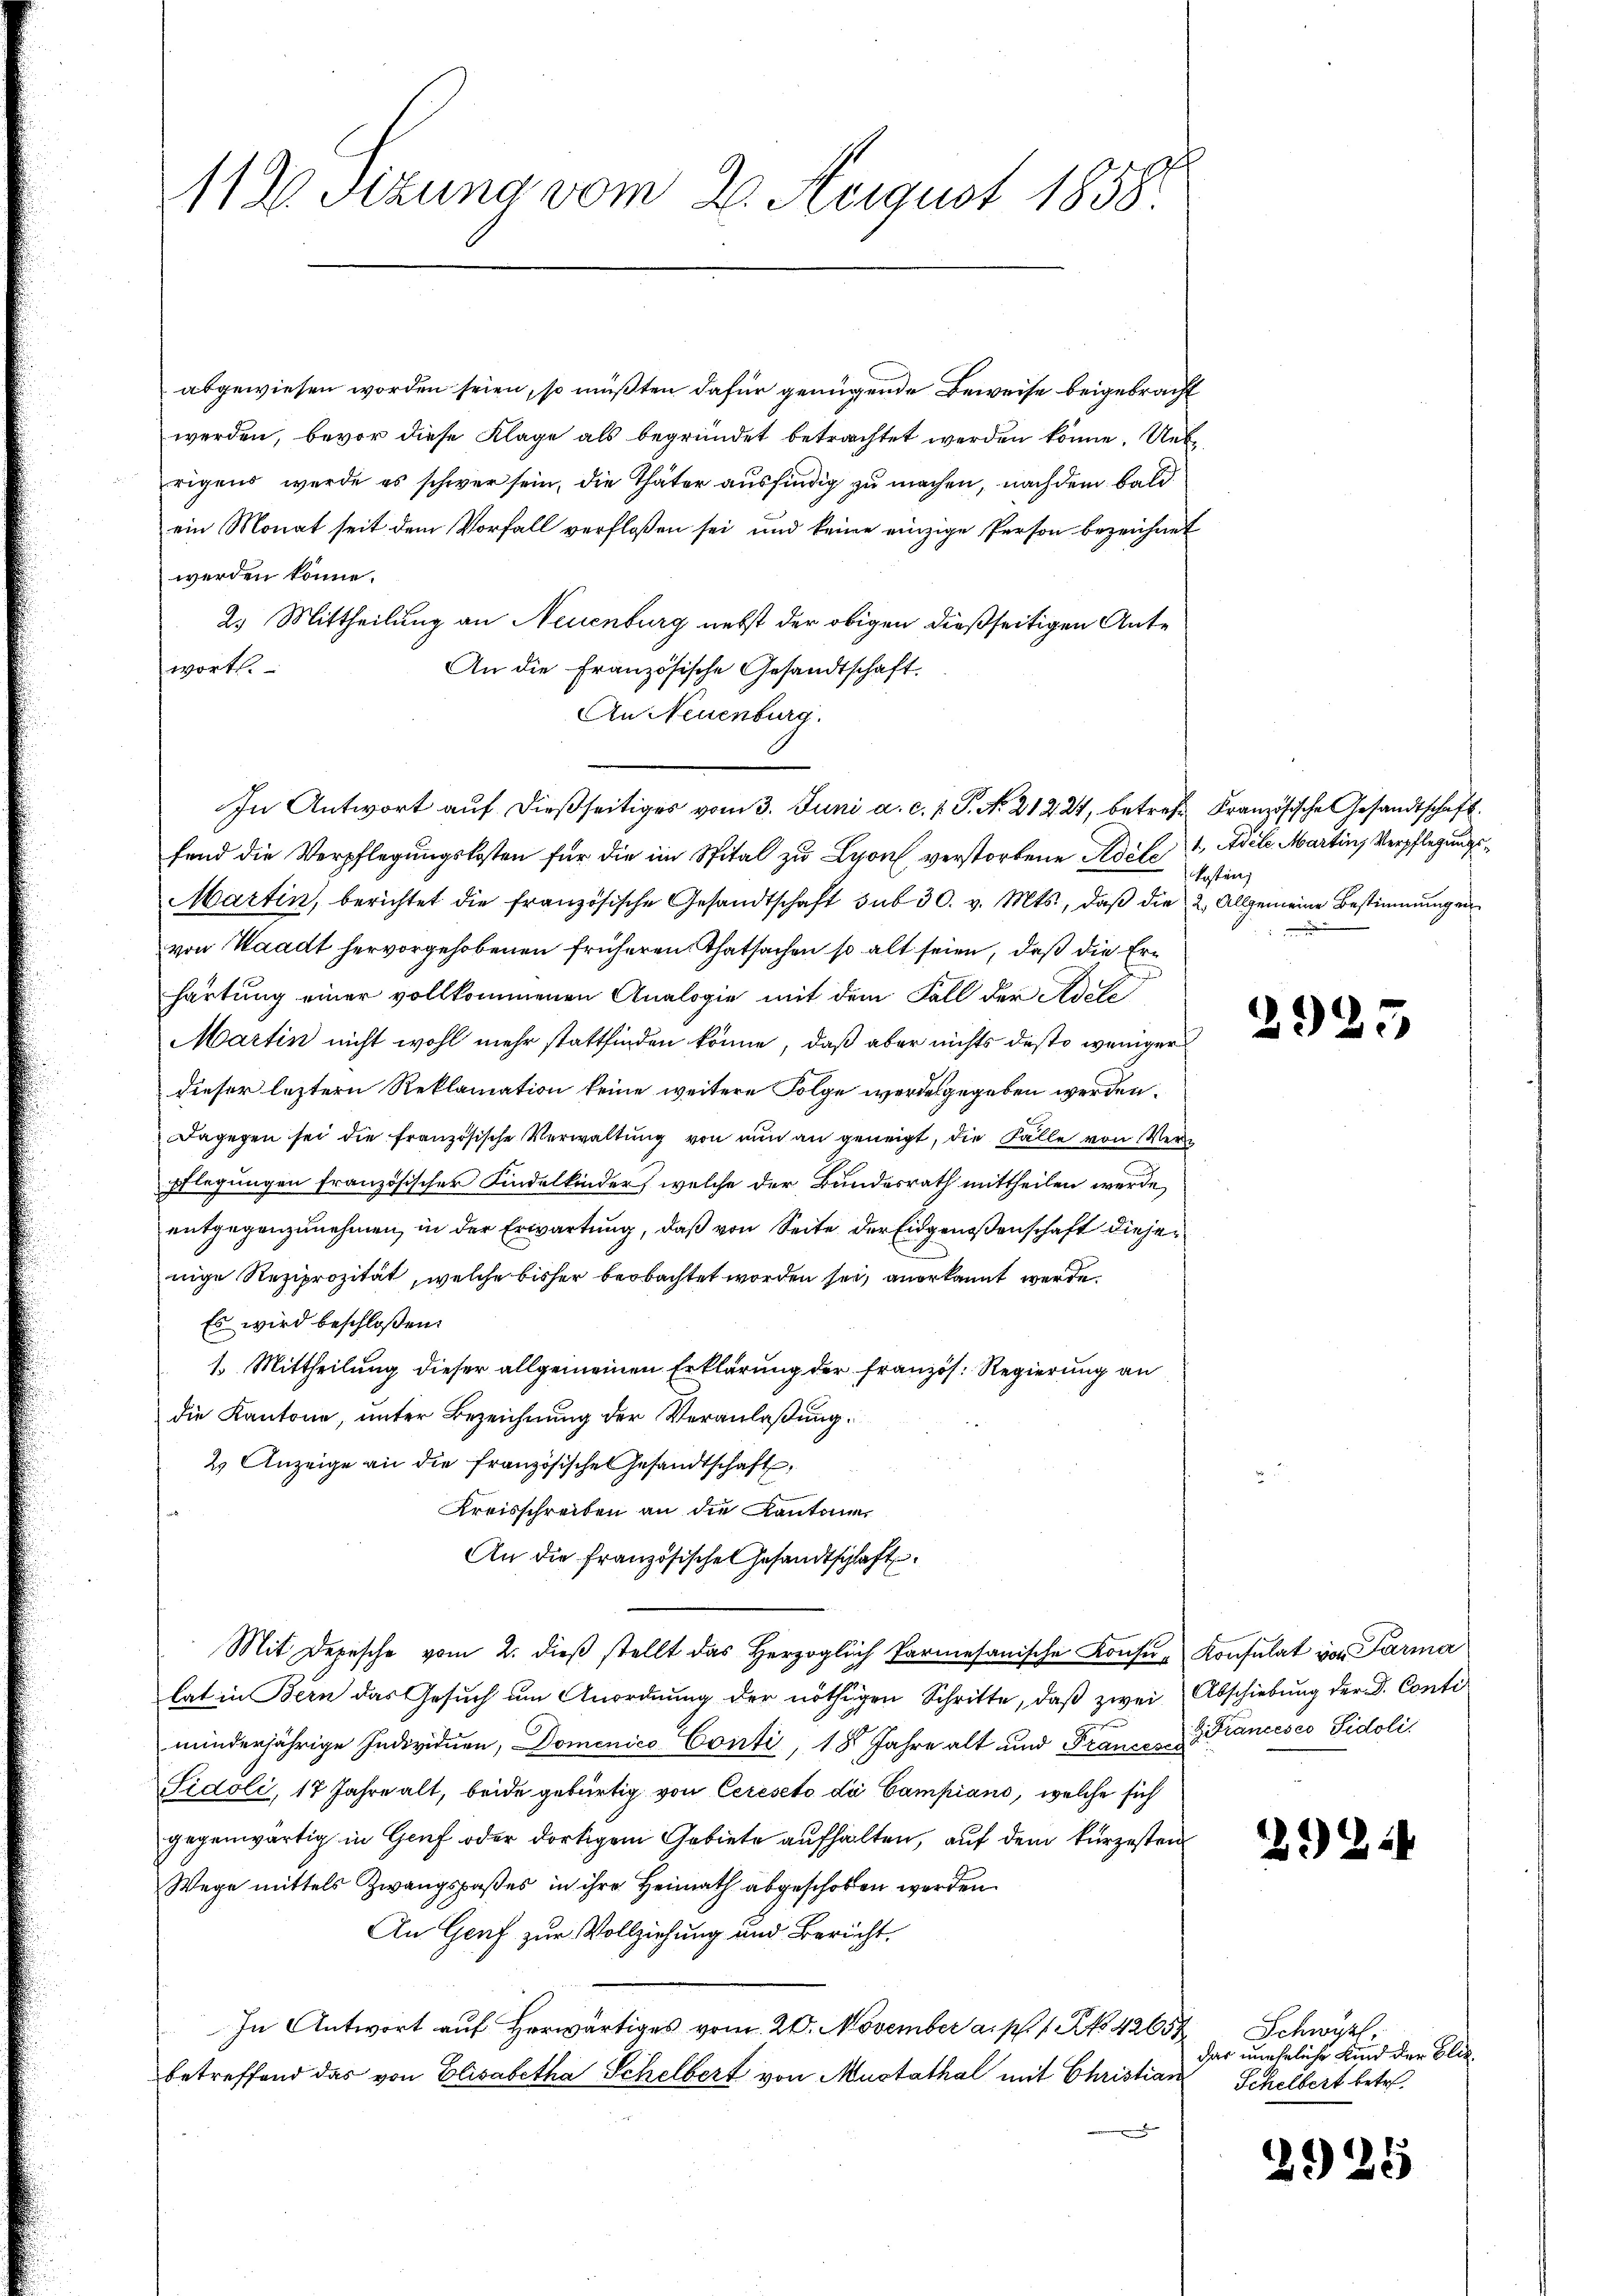
1130 Sizung vom 2. August 1858.

abgewiesen worden seien, so müßten dafür genügende Beweise beigebracht
werden, bevor diese Klage als begründet betrachtet werden könne. Uebrigens werde es schwer sein, die Thäter ausfindig zu machen, nach dem baldein Monat seit dem Vorfall verflossen sei, und keine einzige Person bezeichnet
werden könne.
2. Mittheilung an Neuenburg nebst der obigen dießseitigen Ante
wort.
An die Französische Gesandtschaft.
An Neuenburg.
In Antwort auf dießseitiges vom 3. Juni a. c. 1. P. N. 21224, betreff Kranzösische Gesandtschaft
fend die Verpflegungskosten für die im Spital zu Lyon verstorbene dile 4, Adele Martin, Verpflegungs¬
Martin, berichtet die französische Gesandtschaft sub 30. v. Mts., daβ die 2. Allgemeine Bestimmungen
von Waadt hervorgehobenen früheren Thatsachen so alt seien, daß die Erhartung einer vollkommenen Analogie mit dem Fall der Adele
Martin nicht wohl mehr stattfinden könne, daß aber nichts desto weniger
dieser leztern Reklamation keine weitere Folge werde gegeben werden.
Dagegen sei die französische Verwaltung von nun an geneigt, die Fälle von Verpflegungen französischer Kindelkinder, welche der Bundesrath mittheilen werde,
entgegenzunehmen, in der Erwartung, daß von Seite der Eidgenoßenschaft diejen
nige Reziprozität, welche bisher beobachtet worden sei, anerkannt werde.
Es wird beschloßen:
1. Mittheilung dieser allgemeinen Erklärung der französ. Regierung an
die Kantone, unter Bezeichnung der Veranlaßung.
2. Anzeige an die französische Gesandtschaft,
Kreisschreiben an die Kantone
An die französische Gesandtschlaft
Mit Depesche vom 2. dieβ stellt das Herzoglich Parmesanische Konsŭ- Konsulat von Parma
lat in Bern das Gesuch um Anordnung der nöthigen Schritte, daβ zwei Abschiebung der D. Conti
minderjährige Individuen, Domenico Conti, 18 Jahre alt und Frances cancesco Sidoli
Sidoli, 17 Jahre alt, beide gebürtig von Cereseto die Campiano, welche sich
gegenwärtig in Genf oder dortigem Gebiete aufhalten, auf dem kürzesten
Wege mittels Zwangspaßes in ihre Heimath abgeschoben worden.
An Genf zur Vollziehung und Bericht.
In Antwort auf herwärtiges vom 20. November a. p. 1. No. 42658
betreffend das von Elisabetha Schelbert von Mustathal mit Christian

kosten

2925

294

2

Schwyz
dar uneheliche Kind der Blie¬
Schelbert betr.

2925